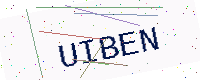
Text: UIBEN